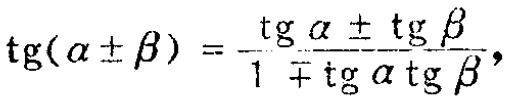
\(\operatorname{tg}(\alpha \pm \beta)=\frac{\operatorname{tg} \alpha \pm \operatorname{tg} \beta}{1 \mp \operatorname{tg} \alpha \operatorname{tg} \beta},\)